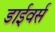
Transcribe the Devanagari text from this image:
डाईवर्स